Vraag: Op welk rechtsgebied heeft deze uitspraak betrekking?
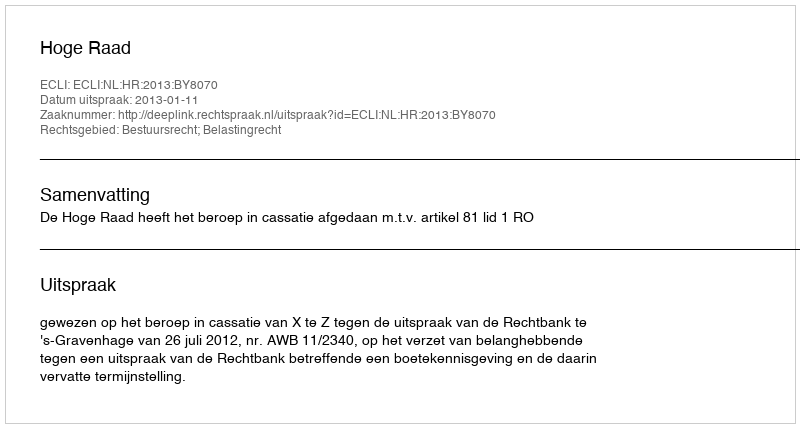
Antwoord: Bestuursrecht; Belastingrecht